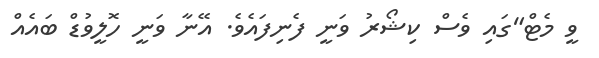
ވީ މެޓް"ގައި ވެސް ކިޝޯރު ވަނީ ފެނިފައެވެ. އޭނާ ވަނީ ހޮލީވުޑް ބައެއް